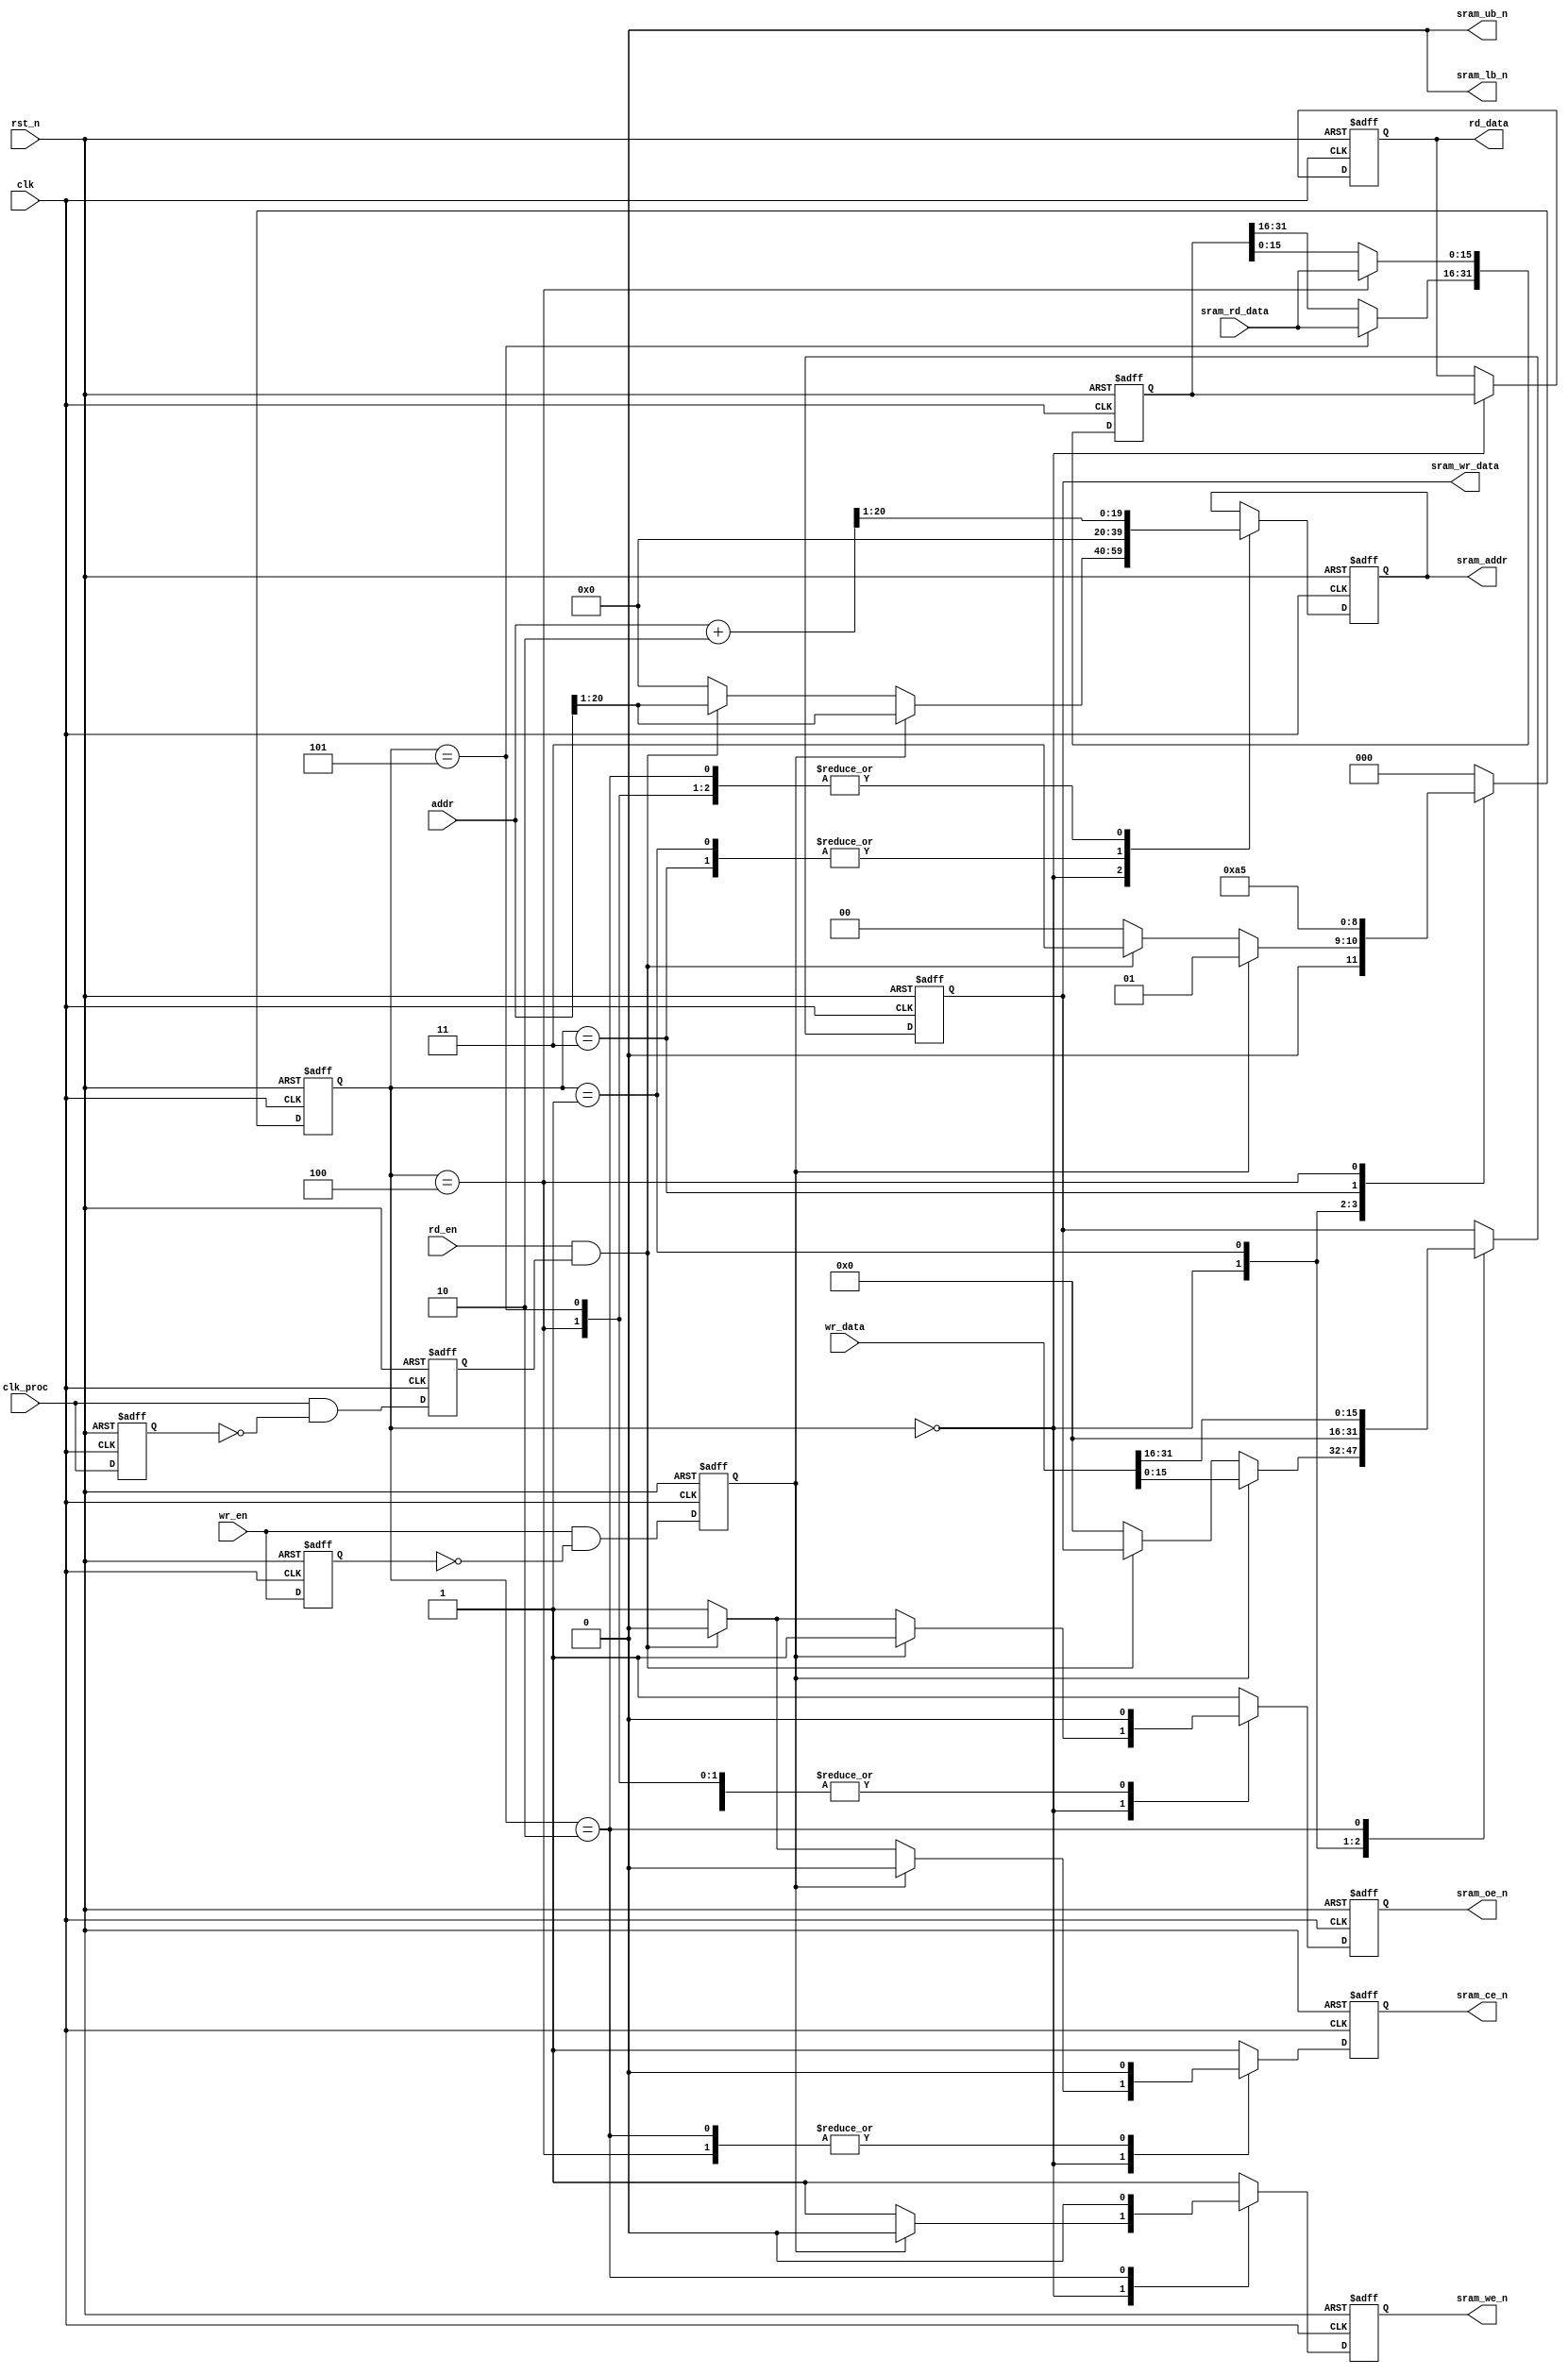
module sram_ctrl (
    
    input clk,
    input rst_n,
    input clk_proc,
    
    input wr_en,
    input rd_en,
    input [31:0] wr_data,
    input [20:0] addr,
    output reg [31:0] rd_data,

    output sram_ub_n,
    output sram_lb_n,
    output reg sram_ce_n,
    output reg sram_we_n,
    output reg sram_oe_n,
    output reg [19:0] sram_addr,
    output reg [15:0] sram_wr_data,
    input [15:0] sram_rd_data
  );

parameter ST_IDLE    = 0;
parameter ST_WRITE_0 = 1;
parameter ST_WRITE_1 = 2;
parameter ST_READ_0  = 3;
parameter ST_READ_1  = 4;
parameter ST_READ_2  = 5;

reg [2:0] state;
reg [2:0] next_state;

reg [2:0]  counter;

reg [31:0] rd_data_reg;
wire [20:0] addr_plus2;

reg wr_data_dly;
reg rd_data_dly;
reg wr_detc;
//wire rd_detc;
reg clk_proc_pulse;
reg clk_proc_dly;

//wire [31:0] rd_data_concat;

assign sram_ub_n = 1'b0;
assign sram_lb_n = 1'b0;

assign addr_plus2 = addr+2;


//assign rd_data_concat = {sram_rd_data,rd_data_reg[15:0]};

always@(posedge clk, negedge rst_n)begin
  if(!rst_n)begin
    rd_data <= 0;
  end
  else begin
    if(state == ST_IDLE)begin
      rd_data <= rd_data_reg;
    end
  end
end

always@(posedge clk, negedge rst_n)begin
   if(!rst_n)begin
      wr_data_dly <= 1'b0;
      clk_proc_dly <= 1'b0;
      wr_detc <= 1'b0;
      clk_proc_pulse <= 1'b0;
   end
   else begin
      wr_data_dly <= wr_en;
      wr_detc <= wr_en & !wr_data_dly;
      clk_proc_dly <= clk_proc;
      clk_proc_pulse <= clk_proc & !clk_proc_dly;
   end
end

always@(posedge clk, negedge rst_n)begin
   if(!rst_n)begin
      rd_data_reg <= 32'd0;
      sram_ce_n = 1'b0;
      sram_we_n = 1'b0;
      sram_oe_n = 1'b1;
      sram_wr_data = 0;
      sram_addr = 0;
   end
   else begin
      case(state)
	 ST_IDLE: begin
            if(wr_detc)begin //write
               sram_ce_n <= 1'b0;
               sram_we_n <= 1'b0;
               sram_oe_n <= 1'b1;
               sram_wr_data <= wr_data[15:0];
               sram_addr <= addr[20:1];
            end
            else if (rd_en && clk_proc_pulse) begin//read
               sram_ce_n <= 1'b0;
               sram_we_n <= 1'b1;
               sram_oe_n <= 1'b0;
               sram_addr <= addr[20:1];
            end
            else begin
               sram_ce_n <= 1'b1;
               sram_we_n <= 1'b1;
               sram_oe_n <= 1'b1;
               sram_addr <= 20'd0;
               sram_wr_data <= 16'd0;
            end
	 end
         ST_WRITE_0: begin
            sram_ce_n <= 1'b1;
            sram_we_n <= 1'b1;
            sram_oe_n <= 1'b1;
	    sram_wr_data <= 0;
            sram_addr <= 0;
	 end
         ST_WRITE_1: begin
            sram_ce_n <= 1'b0;
            sram_we_n <= 1'b0;
            sram_oe_n <= 1'b1;
	    sram_wr_data <= wr_data[31:16];
            sram_addr <= addr_plus2[20:1];
	 end
         ST_READ_0: begin
            sram_ce_n <= 1'b1;
            sram_we_n <= 1'b1;
            sram_oe_n <= 1'b0;
            sram_addr <= 0;
         end
         ST_READ_1: begin
            sram_ce_n <= 1'b0;
            sram_we_n <= 1'b1;
            sram_oe_n <= 1'b0;
            sram_addr <= addr_plus2[20:1];
            rd_data_reg[15:0] <= sram_rd_data;
         end
         ST_READ_2: begin
            sram_ce_n <= 1'b1;
            sram_we_n <= 1'b1;
            sram_oe_n <= 1'b0;
            sram_addr <= addr_plus2[20:1];
            rd_data_reg[31:16] <= sram_rd_data;
	 end
         default: begin
            sram_ce_n <= 1'b1;
            sram_we_n <= 1'b1;
            sram_oe_n <= 1'b1;
            rd_data_reg <= rd_data_reg;
         end
      endcase
   end
end

always@(posedge clk, negedge rst_n)begin
   if(!rst_n)begin
      state <= ST_IDLE;
   end
   else begin
      state <= next_state;
   end
end


always@(*)begin
   case (state)
      ST_IDLE: begin
       if(wr_detc)
          next_state = ST_WRITE_0;
       else if(rd_en && clk_proc_pulse)
          next_state = ST_READ_0;
       else
          next_state = ST_IDLE;
      end
      ST_WRITE_0: begin
         next_state = ST_WRITE_1;
      end
      ST_WRITE_1: begin
         next_state = ST_IDLE;
      end
      ST_READ_0: begin
         next_state = ST_READ_1;
      end
      ST_READ_1: begin
         next_state = ST_READ_2;
      end
      ST_READ_2: begin
        next_state = ST_IDLE;
      end
      default:begin
         next_state = ST_IDLE;
      end
   endcase
end



endmodule